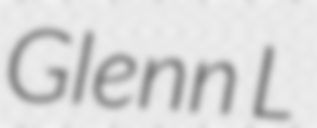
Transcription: Glenn L